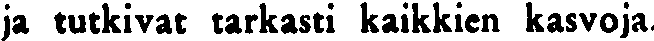
ja tutkivat tarkasti kaikkien kasvoja.